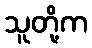
သူတို့က